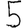
Digit: 5